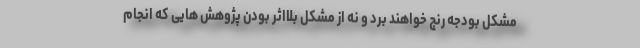
مشکل بودجه رنج خواهند برد و نه از مشکل بلااثر بودن پژوهش هایی که انجام